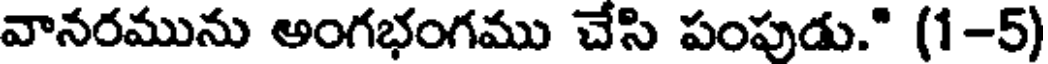
వానరమును అంగభంగము చేసి పంపుడు." (1-5)